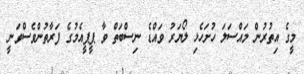
މީގެ އިތުރުން މައްސަލަ ހުށަހެޅި ލޯޔަރު ވައްޑެ ނިސްބަތް ވާ ޕީޕީއެމުގެ ފަރާތުންވެސްވަނީ